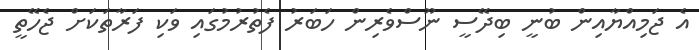
އެ ޖަމިއްޔާއިން ބުނީ ބިދޭސީ ނޫސްވެރިން ހަބަރު ފެތުރުމުގައި ވަކި ފަރާތަކަށް ޖެހޭތީ